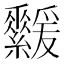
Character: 𦇻